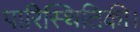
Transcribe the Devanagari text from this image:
पारिस्थितिकी।